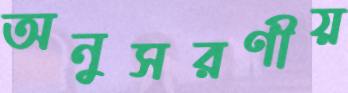
অনুসরণীয়